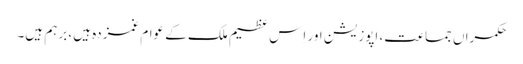
حکمراں جماعت، اپوزیشن اور اِس عظیم ملک کے عوام غمزدہ ہیں، برہم ہیں۔